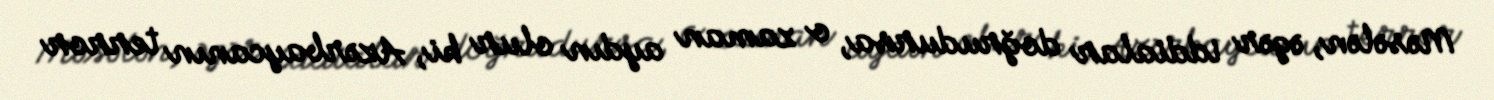
Məsələn, əgər iddialar doğrudursa, o zaman aydın olur ki, Azərbaycanın terror